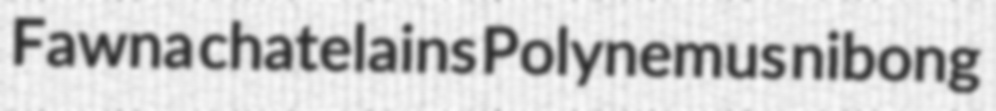
Fawna chatelains Polynemus nibong